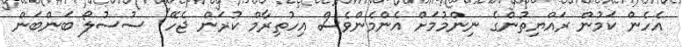
އެހެން ކަމުން ރައްޔިތުންގެ ނިންމުމަށް އެންމެންވެސް އިހުތިރާމް ކުރަން ޖެހޭ" ސުސުލޯ ބަންބަން